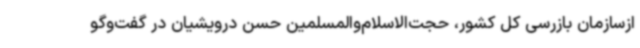
ازسازمان بازرسی کل کشور، حجت‌الاسلام‌والمسلمین حسن درویشیان در گفت‌وگو